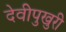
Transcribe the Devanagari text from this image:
देवीपुखुरी